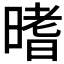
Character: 𣉟